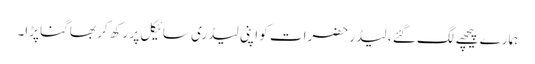
ہمارے پیچھے لگ گئے ، لیڈر حضرات کو اپنی لیڈری سائیکل پر رکھ کر بھاگنا پڑا۔